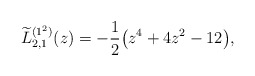
\begin{gather*} \widetilde{L}_{2,1}^{( 1^{2}) }(z) =-\frac{1}{2} \big( z^{4}+4z^{2}-12\big) ,\end{gather*}